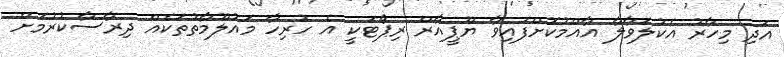
އަދި މިހާރު އެކުލަވާލާ އާއްމުކޮށްފައިވާ ޔޫޕީއާރް ރިޕޯޓަކީ އެ ހުރިހާ މައުލޫމާތުތަކެއް ދިރާސާކުރުމަށް